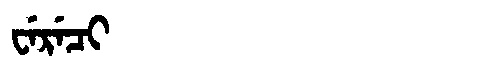
Manchu: ᠸᡝᡵᡝᠴᡳ
Romanization: WERECI